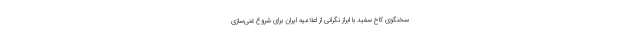
سخنگوی کاخ سفید با ابراز نگرانی از اعلامیه ایران برای شروع غنی‌سازی